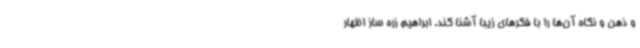
و ذهن و نگاه آن‌ها را با فکرهای زیبا آشنا کند. ابراهیم زره ساز اظهار